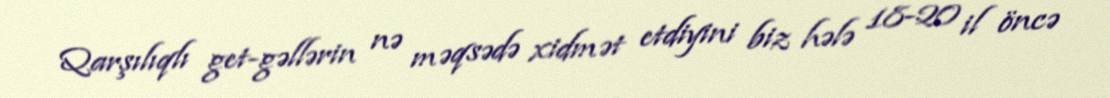
Qarşılıqlı get-gəllərin nə məqsədə xidmət etdiyini biz hələ 18-20 il öncə